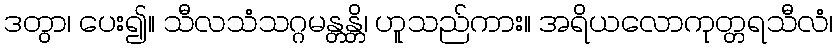
ဒတွာ၊ ပေး၍။ သီလသံသဂ္ဂမန္တန္တိ၊ ဟူသည်ကား။ အရိယလောကုတ္တရသီလံ၊